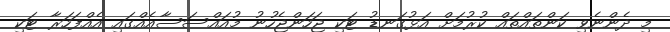
މި ދެންނެވި ކަންތައްތައް ކުރުމަށް އަޅުގަނޑު ޓަކި ޖަހަންޖެހުނު މުއައްސަސާއެއްގައި އެއްފަހަރާ ޓަކި